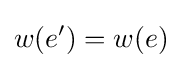
w(e')=w(e)